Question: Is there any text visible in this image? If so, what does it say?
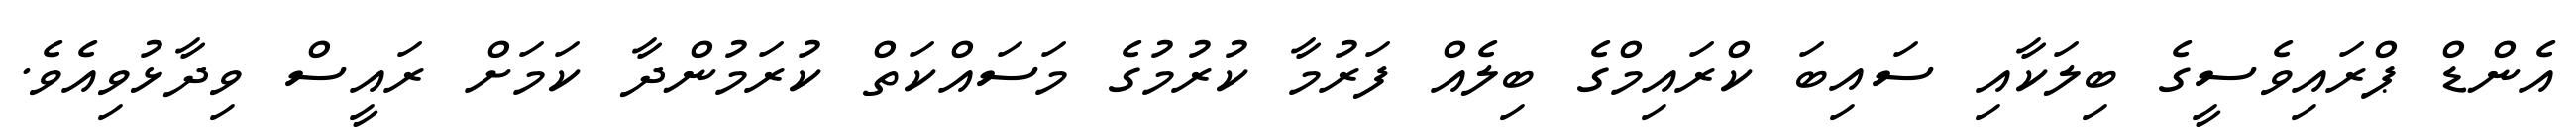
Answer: އެންޑް ޕްރައިވެސީގެ ބިލަކާއި ސައިބަ ކްރައިމްގެ ބިލެއް ފަރުމާ ކުރުމުގެ މަސައްކަތް ކުރަމުންދާ ކަމަށް ރައީސް ވިދާޅުވިއެވެ.